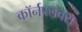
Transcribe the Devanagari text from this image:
कॉर्नफ्लैक्स